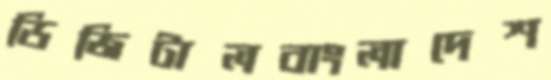
ডিজিটালবাংলাদেশ